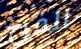
الفرخ